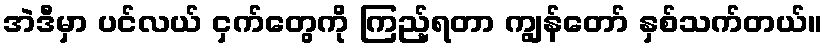
အဲဒီမှာ ပင်လယ် ငှက်တွေကို ကြည့်ရတာ ကျွန်တော် နှစ်သက်တယ်။